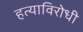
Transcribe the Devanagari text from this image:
हत्याविरोधी